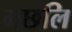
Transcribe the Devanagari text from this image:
मछलि